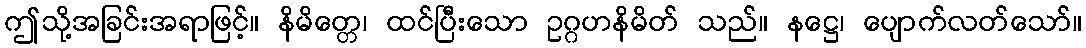
ဤသို့အခြင်းအရာဖြင့်။ နိမိတ္တေ၊ ထင်ပြီးသော ဥဂ္ဂဟနိမိတ် သည်။ နဋ္ဌေ၊ ပျောက်လတ်သော်။